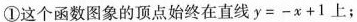
①这个函数图象的顶点始终在直线$$y = - x + 1$$上；